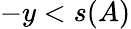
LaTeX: -y<s(A)